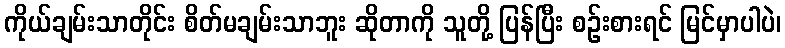
ကိုယ်ချမ်းသာတိုင်း စိတ်မချမ်းသာဘူး ဆိုတာကို သူတို့ ပြန်ပြီး စဉ်းစားရင် မြင်မှာပါပဲ၊